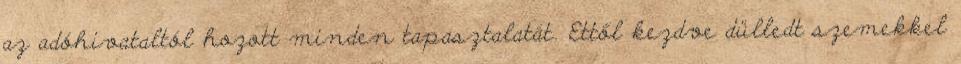
az adóhivataltól hozott minden tapasztalatát. Ettől kezdve dülledt szemekkel